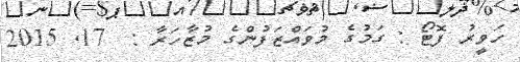
ހަވީރު ފޮޓޯ : ގަމުގެ މުވައްޒަފުންގެ މުޒާހަރާ :  17